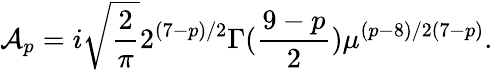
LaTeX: {\cal A}_{p}=i\sqrt{\frac{2}{\pi}}{2^{(7-p)/2}}{\Gamma(\frac{9-p}{2})}\mu^{(p-8)/2(7-p)}.